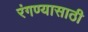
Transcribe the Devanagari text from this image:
रंगण्यासाठी